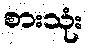
စားသုံး